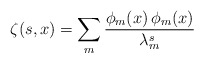
\begin{align*}\zeta(s,x)=\sum_m\frac{\phi_m(x)\,\phi_m(x)}{\lambda^s_m}\end{align*}